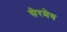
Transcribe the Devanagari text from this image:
सेरमेय